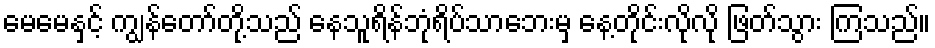
မေမေနှင့် ကျွန်တော်တို့သည် နေသူရိန်ဘုံရိပ်သာဘေးမှ နေ့တိုင်းလိုလို ဖြတ်သွား ကြသည်။